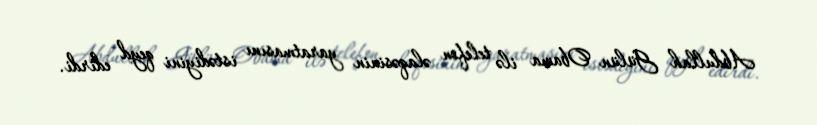
Abdullah Gülün Obama ilə telefon əlaqəsinin yaratmasını istədiyini qeyd edirdi.